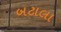
બટાલા